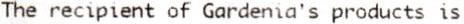
THE RECIPIENT OF GARDENIA'S PRODUCTS IS